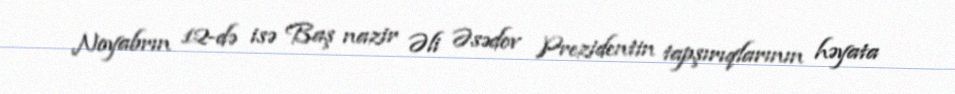
Noyabrın 12-də isə Baş nazir Əli Əsədov Prezidentin tapşırıqlarının həyata